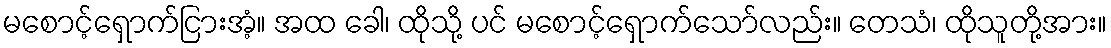
မစောင့်ရှောက်ငြားအံ့။ အထ ခေါ၊ ထိုသို့ ပင် မစောင့်ရှောက်သော်လည်း။ တေသံ၊ ထိုသူတို့အား။